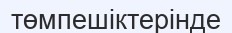
төмпешіктерінде